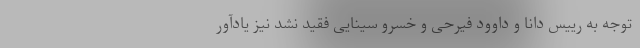
توجه به رییس دانا و داوود فیرحی و خسرو سینایی فقید نشد نیز یادآور